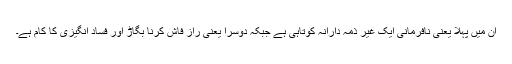
ان میں پہلا یعنی نافرمانی ایک غیر ذمہ دارانہ کوتاہی ہے جبکہ دوسرا یعنی راز فاش کرنا بگاڑ اور فساد انگیزی کا کام ہے۔